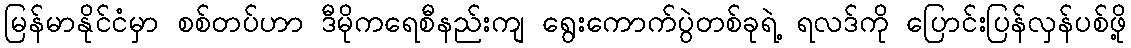
မြန်မာနိုင်ငံမှာ စစ်တပ်ဟာ ဒီမိုကရေစီနည်းကျ ရွေးကောက်ပွဲတစ်ခုရဲ့ ရလဒ်ကို ပြောင်းပြန်လှန်ပစ်ဖို့